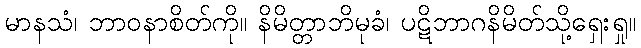
မာနသံ၊ ဘာဝနာစိတ်ကို။ နိမိတ္တာဘိမုခံ၊ ပဋိဘာဂနိမိတ်သို့ရှေးရှု။